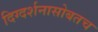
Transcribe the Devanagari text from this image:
दिग्दर्शनासोबतच